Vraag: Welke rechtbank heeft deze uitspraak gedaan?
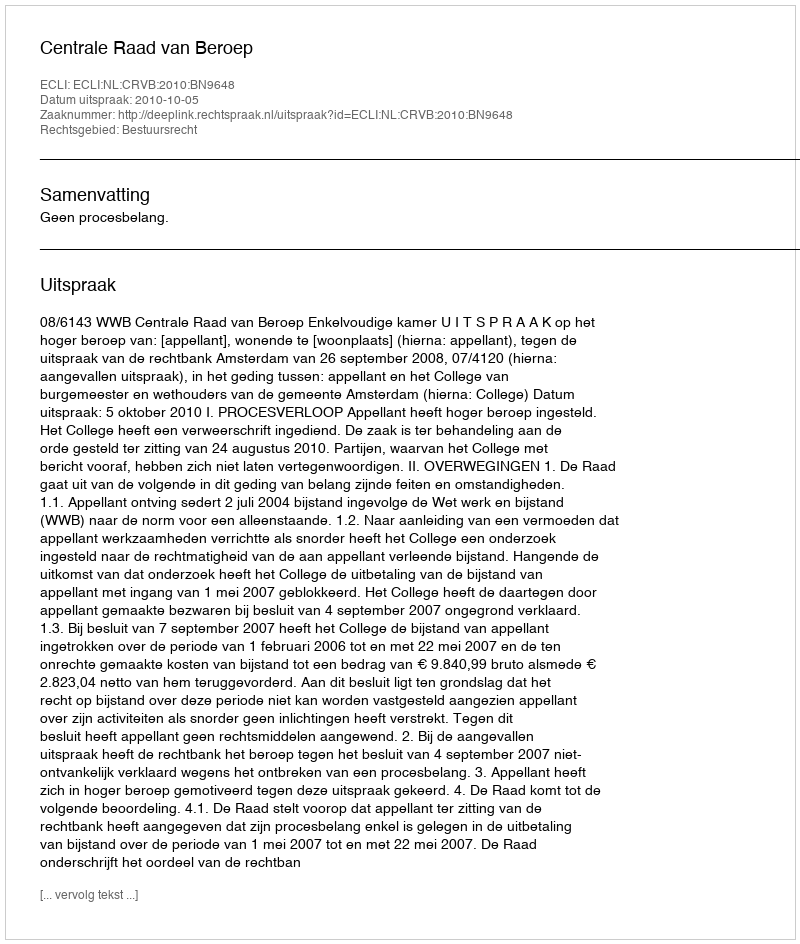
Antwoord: Centrale Raad van Beroep